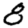
Digit: 8